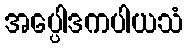
အပ္ပေါဒကပါယသံ